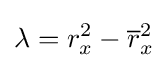
\lambda =r_{x}^{2}-{\overline {r}}_{x}^{2}